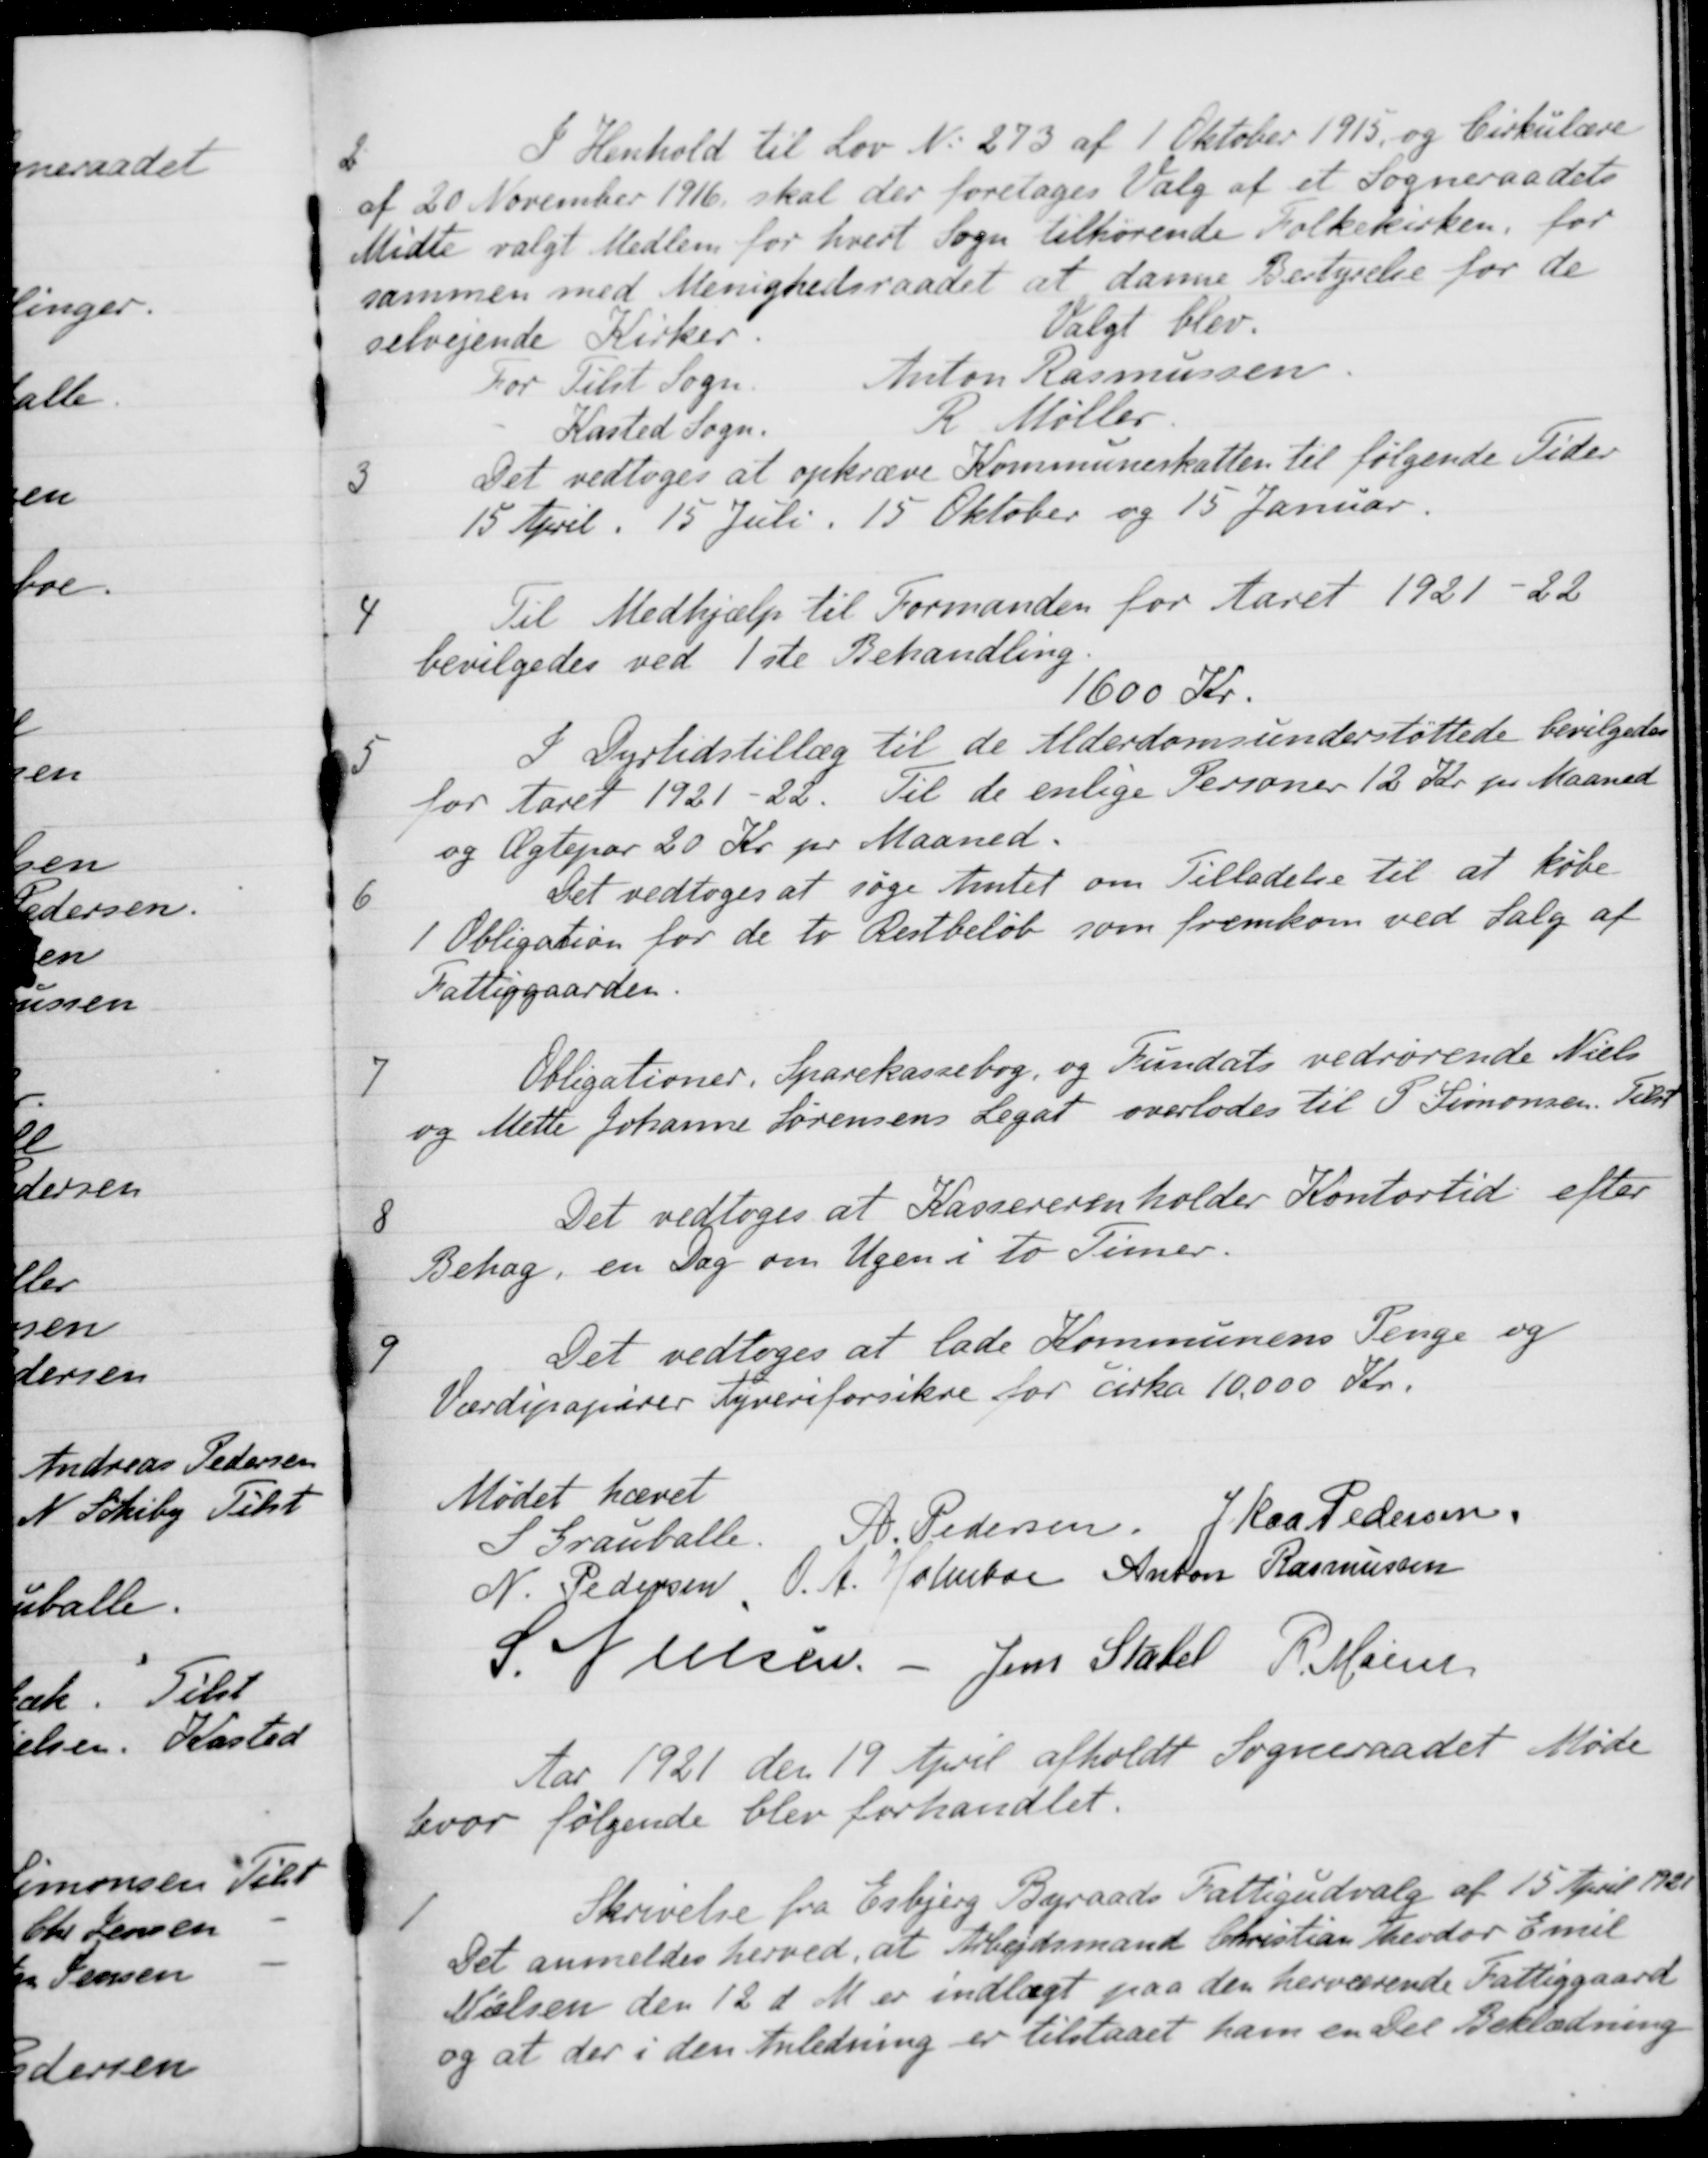
Transskription:
2
I Henhold til Lov No 273 af 1 Oktober 1915, og Cirkulære
af 20 November 1916, skal der foretages Valg af et Sogneraadets
Midte valgt Medlem for hvert Sogn tilhørende Folkekirken, for
sammen med Menighedsraadet at danne Bestyrelse for de
selvejende Kirker.
Valgt blev.
For Tilst Sogn
Anton Rasmussen
Kasted Sogn
R. Møller
3
Det vedtoges at opkræve Kommuneskatten til følgende Tider
15 April, 15 Juli, 15 Oktober og 15 Januar.
4
Til Medhjælp til Formanden for Aaret 1921-22
bevilgedes ved 1ste Behandling.
1600 Kr.
5
I Dyrtidstillæg til de Alderdomsunderstøttede bevilgedes
for Aaret 1921-22. Til de enlige Personer 12 Kr pr Maaned
og Ægtepar 20 Kr pr Maaned.
6
Det vedtoges at søge Amtet om Tilladelse til at købe
1 Obligation for de to Restbeløb som fremkom ved Salg af
Fattiggaarden.
7
Obligationer. Sparekassebog, og Fundats vedrørende Niels
og Mette Johanne Sørensens Legat overlodes til P. Simonsen. Tilst
8
Det vedtoges at Kassereren holder Kontortid efter
Behag, en Dag om Ugen i to Timer.
9
Det vedtoges at lade Kommunens Penge og
Værdipapirer tyveriforsikre for cirka 10.000 Kr.
Mødet hævet
S Grauballe.
A. Pedersen.
J. Kaa Pedersen
N. Pedersen
O. A. Holmboe
Anton Rasmussen
S. Nielsen
Jens Stabel
P. Mainz
Aar 1921 den 19 April afholdt Sogneraadet Møde
hvor følgende blev forhandlet.
1
Skrivelse fra Esbjerg Byraads Fattigudvalg af 15 April 1921
Det anmeldes herved, at Arbejdsmand Christian Theodor Emil
Nilsen den 12 d. M. er indlagt paa den herværende Fattiggaard
og at der i den Anledning er tilstaaet ham en Del Beklædning